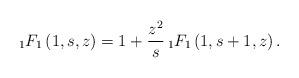
LaTeX: \begin{align*} {}_{1}F_{1}\left(1,s,z\right)=1+\frac{z^2}s\,{}_{1}F_{1}\left(1,s+1,z\right). \end{align*}